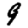
Digit: 9